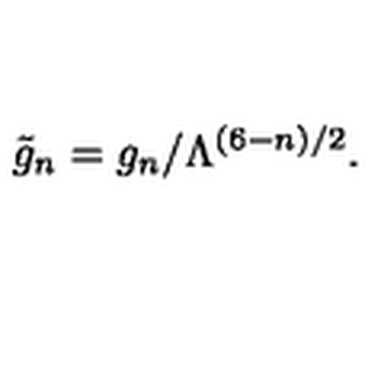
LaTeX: \tilde { g } _ { n } = g _ { n } / \Lambda ^ { ( 6 - n ) / 2 } .